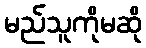
မည်သူကိုမဆို